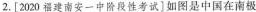
2.[2020福建南安一中阶段性考试]如图是中国在南极